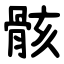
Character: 骸